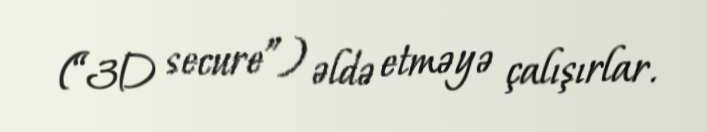
(“3D secure”) əldə etməyə çalışırlar.